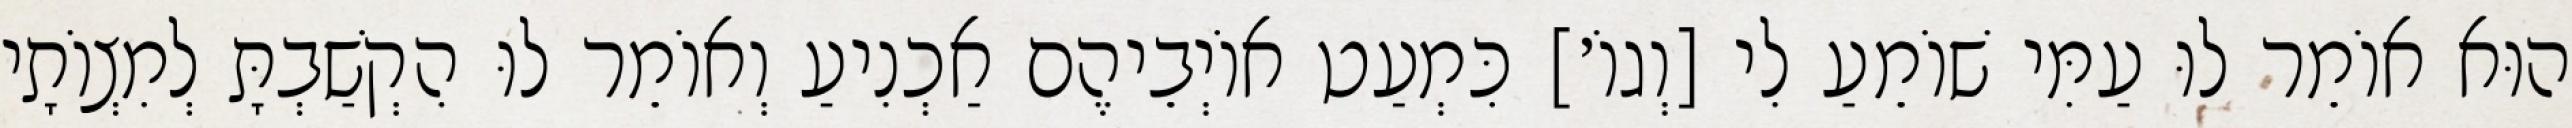
הוּא אוֹמֵר לוּ עַמִּי שׁוֹמֵעַ לִי [וְגוֹ׳] כִּמְעַט אוֹיְבֵיהֶם אַכְנִיעַ וְאוֹמֵר לוּ הִקְשַׁבְתָּ לְמִצְוֹתָי